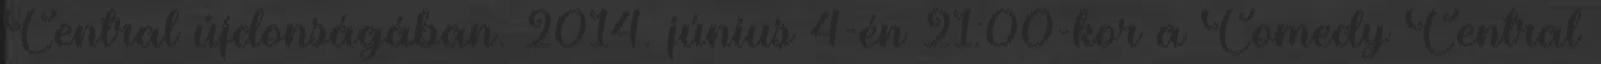
Central újdonságában. 2014. június 4-én 21:00-kor a Comedy Central